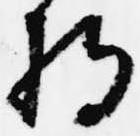
将